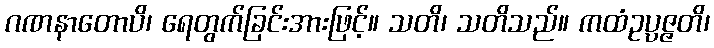
ဂဏနာတောပိ၊ ရေတွက်ခြင်းအားဖြင့်။ သတိ၊ သတိသည်။ ကထံဥပ္ပဇ္ဇတိ၊